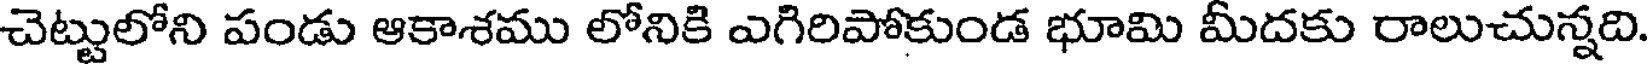
చెట్టులోని పండు ఆకాశము లోనికి ఎగిరిపోకుండ భూమి మీదకు రాలుచున్నది